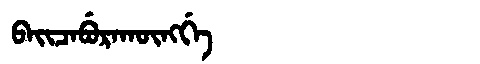
Manchu: ᠪᠠᡳᠴᠠᠪᡠᡵᠠᡴᡡᠩᡤᡝ
Romanization: BAICABURAKŪNGGE